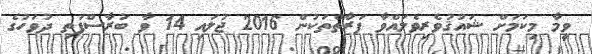
ވީމާ މިކަމަށް ޝައުޤުވެރިވެލައްވާ ފަރާތްތަކުން 2016 ޖުލައި 14 ވާ ބުރާސްފަތި ދުވަހުގެ